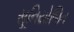
સૂનિયોજિત